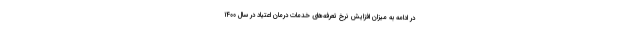
در ادامه به میزان افزایش نرخ تعرفه‌های خدمات درمان اعتیاد در سال ۱۴۰۰